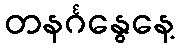
တနင်္ဂနွေနေ့